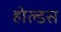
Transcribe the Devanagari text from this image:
होल्डस